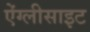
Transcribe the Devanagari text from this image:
ऐंग्लीसाइट